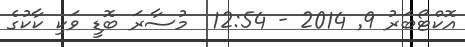
އޮކްޓޯބަރު 9